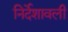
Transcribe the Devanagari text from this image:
निर्देशावली